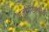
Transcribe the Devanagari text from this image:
यजुर्भिरन्तरिक्षं